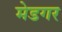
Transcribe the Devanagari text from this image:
मेडगर